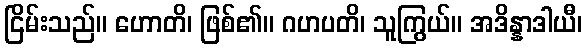
ငြိမ်းသည်။ ဟောတိ၊ ဖြစ်၏။ ဂဟပတိ၊ သူကြွယ်။ အဒိန္နာဒါယီ၊